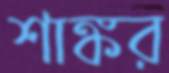
শাঙ্কর